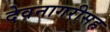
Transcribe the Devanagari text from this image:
देवनागरीसह